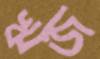
ঋজ